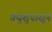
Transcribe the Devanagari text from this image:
क्युशुपासून